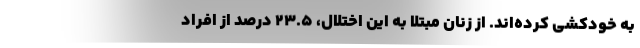
به خودکشی کرده‌اند. از زنان مبتلا به این اختلال، ۲۳.۵ درصد از افراد